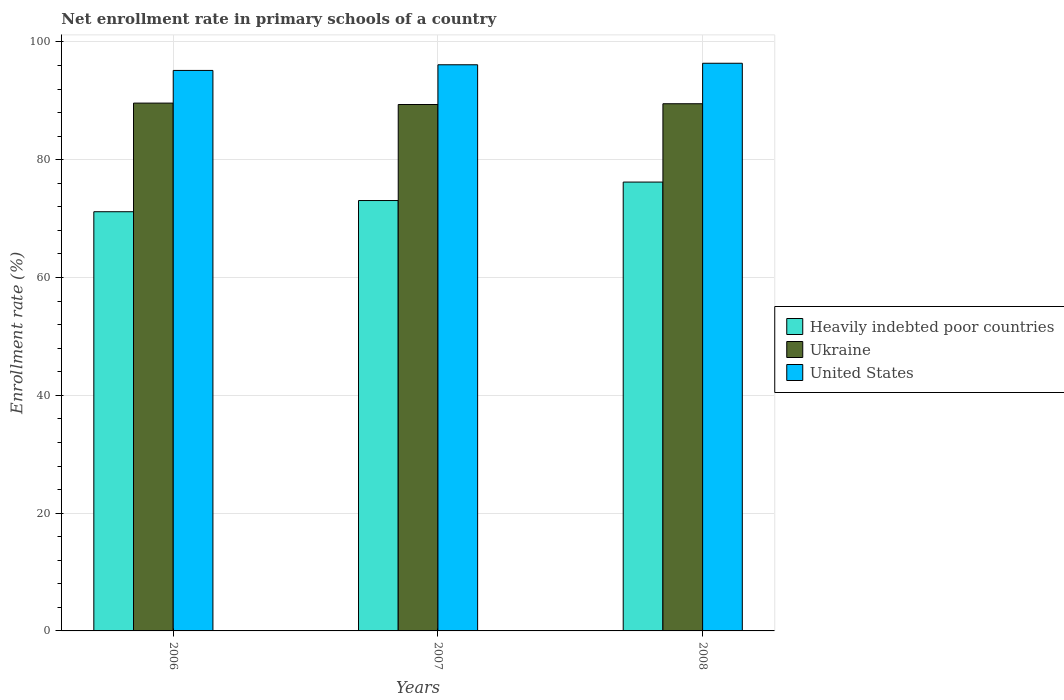
| Years | Heavily indebted poor countries | Ukraine | United States |
 | --- | --- | --- | --- |
 | 2006 | 71.2 | 89.6 | 95.2 |
 | 2007 | 73.1 | 89.4 | 96.1 |
 | 2008 | 76.2 | 89.5 | 96.4 |